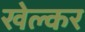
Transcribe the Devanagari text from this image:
खेल्कर